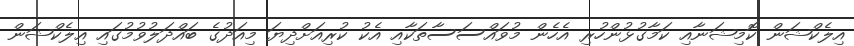
އިލެކްޝަން ކޮމިޝަނާއި ކަމާގުޅުންހުރި އެހެން މުވައްސަސާތަކާއި އެކު ކުރިއަށްދިޔަ މިއަދުގެ ބައްދަލުވުމުގައި އިލެކްޝަން